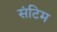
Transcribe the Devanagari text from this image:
संटिम